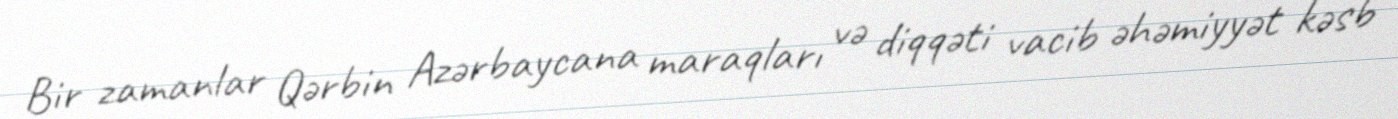
Bir zamanlar Qərbin Azərbaycana maraqları və diqqəti vacib əhəmiyyət kəsb